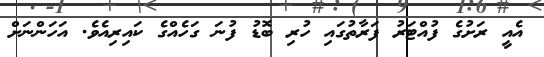
އެއީ ރަށުގެ ފުއްޓަރު ފަރާތުގައި ހުރި ބޮޑު ފުނަ ގަހެއްގެ ކައިރިއެވެ. އަހަންނަށް